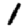
Digit: 1